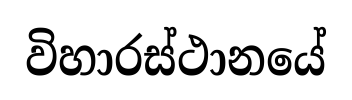
විහාරස්ථානයේ